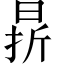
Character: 𣇄